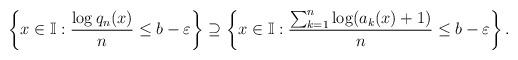
LaTeX: \begin{align*}\left\{x \in \mathbb{I}: \frac{\log q_n(x)}{n} \leq b - \varepsilon\right\} \supseteq\left\{x \in \mathbb{I}:\frac{\sum_{k=1}^n \log (a_k(x)+1)}{n} \leq b - \varepsilon\right\}.\end{align*}